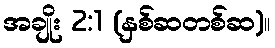
အချိုး 2:1 (နှစ်ဆတစ်ဆ)။